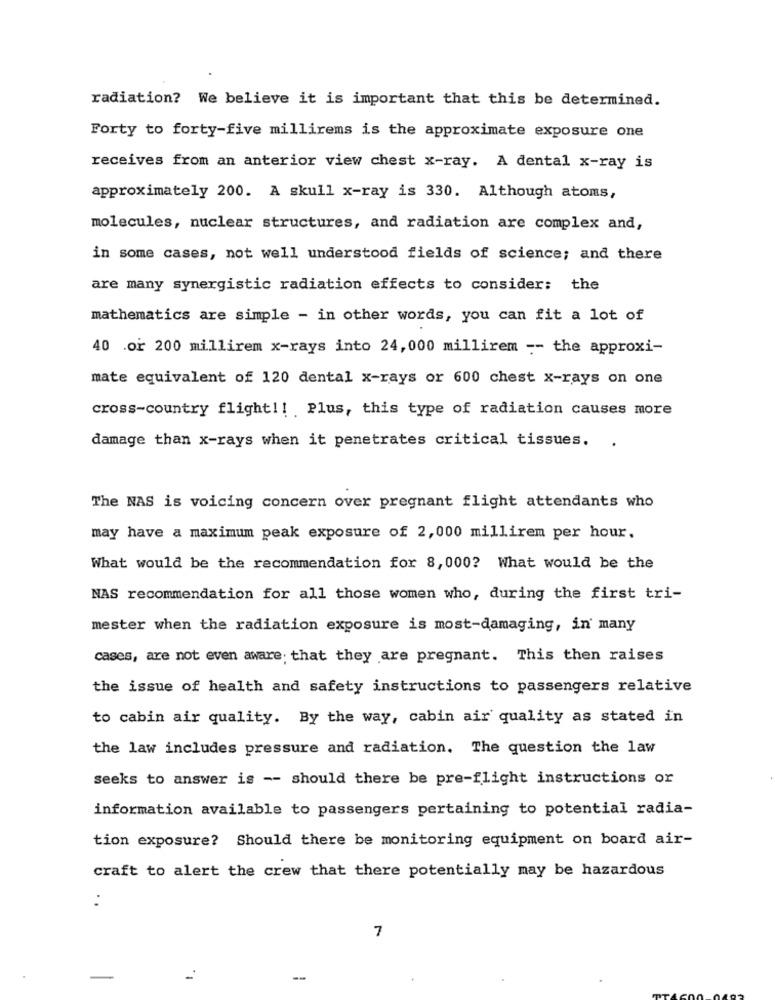
radiation? We believe it is important that this be determined.
Forty to forty-five millirems is the approximate exposure one
receives from an anterior view chest x-ray. A dental x-ray is
approximately 200. A skull x-ray is 330. Although atoms,
molecules, nuclear structures, and radiation are complex and,
in some cases, not well understood fields of science; and there
are many synergistic radiation effects to consider: the
mathematics are simple - in other words, you can fit a lot of
40 .or 200 millirem x-rays into 24, 000 millirem -- the approxi-
mate equivalent of 120 dental x-rays or 600 chest x-rays on one
cross-country flight !! Plus, this type of radiation causes more
damage than x-rays when it penetrates critical tissues.
The NAS is voicing concern over pregnant flight attendants who
may have a maximum peak exposure of 2, 000 millirem per hour.
What would be the recommendation for 8,000? What would be the
NAS recommendation for all those women who, during the first tri-
mester when the radiation exposure is most-damaging, in' many
cases, are not even aware; that they are pregnant. This then raises
the issue of health and safety instructions to passengers relative
to cabin air quality. By the way, cabin air quality as stated in
the law includes pressure and radiation. The question the law
seeks to answer is -- should there be pre-flight instructions or
information available to passengers pertaining to potential radia-
tion exposure? Should there be monitoring equipment on board air-
craft to alert the crew that there potentially may be hazardous
7
-